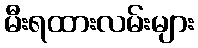
မီးရထားလမ်းများ